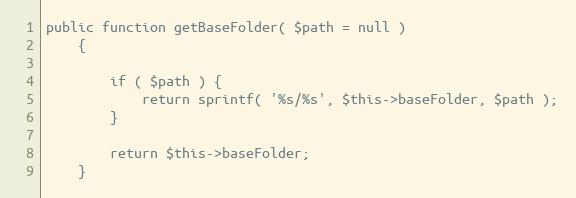
Language: PHP
public function getBaseFolder( $path = null )
    {

        if ( $path ) {
            return sprintf( '%s/%s', $this->baseFolder, $path );
        }

        return $this->baseFolder;
    }